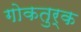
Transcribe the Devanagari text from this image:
गोकतुर्क